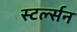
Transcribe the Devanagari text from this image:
स्टर्ल्सन